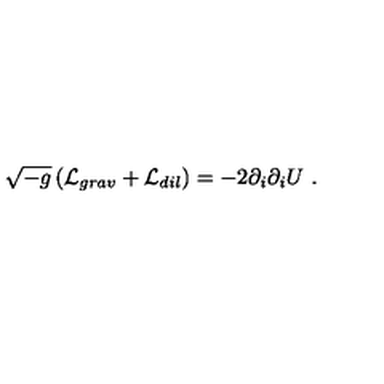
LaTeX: \sqrt { - g } \left( { \cal L } _ { g r a v } + { \cal L } _ { d i l } \right) = - 2 \partial _ { i } \partial _ { i } U \ .